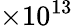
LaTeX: \times 10^{13}